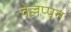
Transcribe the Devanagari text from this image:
चेल्लप्पन